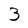
Character: 3